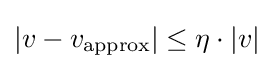
|v-v_{\text{approx}}|\leq \eta \cdot |v|